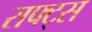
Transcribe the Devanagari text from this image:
राफ्ट्स